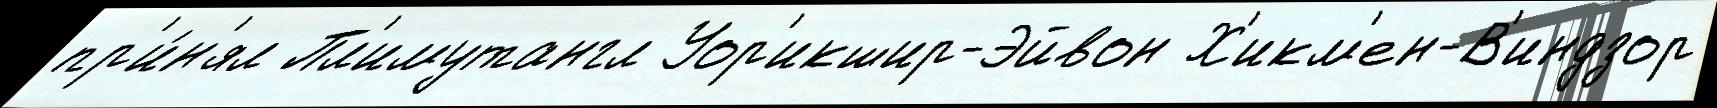
пр'и́н'ял Пл'имутангл Уор'икшир-Эйвон Х'икм'ен-В'индзор